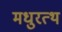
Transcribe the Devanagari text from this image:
मधुरत्थ